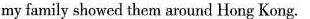
my family showed them around Hong Kong.